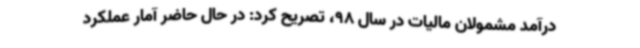
درآمد مشمولان مالیات در سال 98، تصریح کرد: در حال حاضر آمار عملکرد